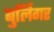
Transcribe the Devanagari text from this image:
बुर्लिगर